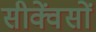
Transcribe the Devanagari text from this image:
सीक्वेंसों